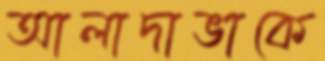
আলাদাভাকে